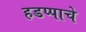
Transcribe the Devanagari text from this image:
हडप्पाचे